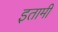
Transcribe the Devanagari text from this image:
इतामी